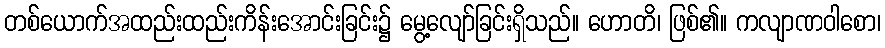
တစ်ယောက်အထည်းထည်းကိန်းအောင်းခြင်း၌ မွေ့လျော်ခြင်းရှိသည်။ ဟောတိ၊ ဖြစ်၏။ ကလျာဏဝါစော၊